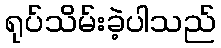
ရုပ်သိမ်းခဲ့ပါသည်